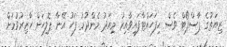
ޒިޔަތުގެ ޕާސްޕޯޓް ވެސް ހިފަހައްޓާފައިވާއިރު މިއަދު މެންދުރު ފަހު އޭނާ ޕޮލިހަށް ހާޒިރުވުމަށް